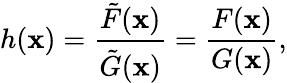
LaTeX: h(\mathbf{x})={\frac{{\tilde{{F}}(\mathbf{x})}}{{\tilde{{G}}(\mathbf{x})}}}={\frac{{F(\mathbf{x})}}{{G(\mathbf{x})}}},